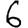
Digit: 6